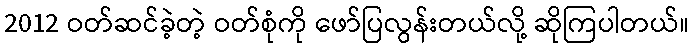
2012 ဝတ်ဆင်ခဲ့တဲ့ ဝတ်စုံကို ဖော်ပြလွန်းတယ်လို့ ဆိုကြပါတယ်။